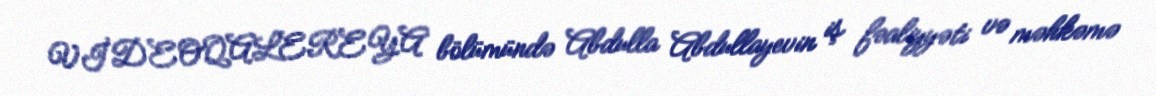
VİDEOQALEREYA bölümündə Abdulla Abdullayevin iş fəaliyyəti və məhkəmə